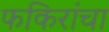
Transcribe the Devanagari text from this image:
फकिरांचा